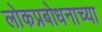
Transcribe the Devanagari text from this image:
लोकप्रबोधनाच्या